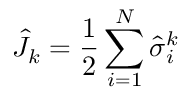
\hat { J } _ { k } = \frac { 1 } { 2 } \sum _ { i = 1 } ^ { N } \hat { \sigma } _ { i } ^ { k }